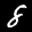
Label: 8